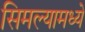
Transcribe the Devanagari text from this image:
सिमल्यामध्ये